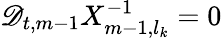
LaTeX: \mathscr{D}_{t,m-1}X_{m-1,l_{k}}^{-1}=0